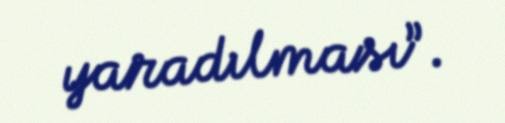
yaradılması”.